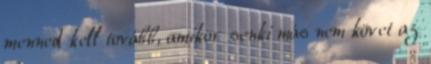
menned kell tovább, amikor senki más nem követ az